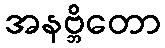
အနဗ္ဘိတော